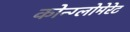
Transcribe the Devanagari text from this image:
कोन्ग्लोमेरेट